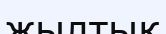
жылтық